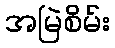
အမြဲစိမ်း